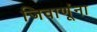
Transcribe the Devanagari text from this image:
जिवाणूंना